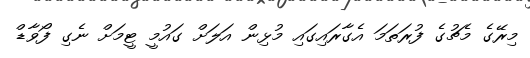
މިރޭގެ މެޗުގެ ފުރަތަމަ އެގާރައިގައި މުޅިން އަލަށް ގައުމީ ޓީމަށް ނެގި ފޯވާޑް